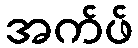
အက်ဖ်